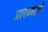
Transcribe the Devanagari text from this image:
प्रारब्धाचे